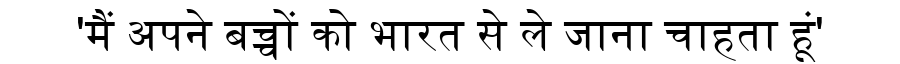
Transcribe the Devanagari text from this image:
'मैं अपने बच्चों को भारत से ले जाना चाहता हूं'